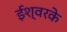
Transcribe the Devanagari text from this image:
ईश्वरके